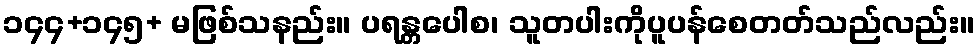
၁၄၄+၁၄၅+ မဖြစ်သနည်း။ ပရန္တပေါစ၊ သူတပါးကိုပူပန်စေတတ်သည်လည်း။